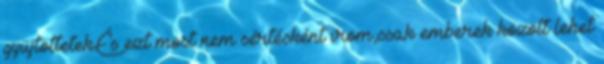
gyüjtöttetek.És ezt most nem sértésként irom,csak emberek között lehet